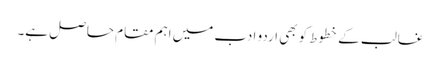
غالب کے خطوط کو بھی اردو ادب میں اہم مقام حاصل ہے۔